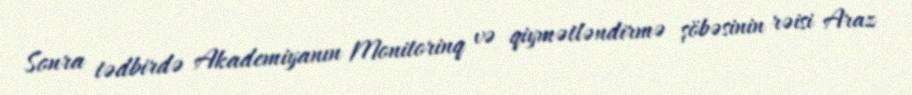
Sonra tədbirdə Akademiyanın Monitorinq və qiymətləndirmə şöbəsinin rəisi Araz